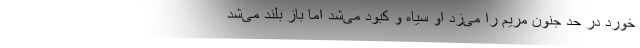
خورد در حد جنون مریم را می‌زد او سیاه و کبود می‌شد اما باز بلند می‌شد